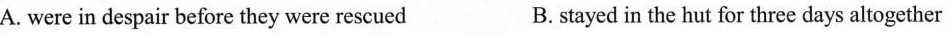
A. were in despair before they were rescued B. stayed in the hut for three days altogether